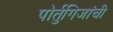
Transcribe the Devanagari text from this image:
पोर्तुगिजांची